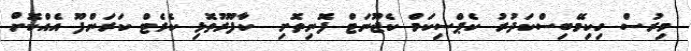
މިރުސް ހިކިމޭބިސްކަދުރު ކެޕްސިކަމް ކެޖޫނަޓް ފޮނިތޮށި  ކާފޫރުތޮޅި ކެރެޓް ކަރަންފޫ އެއްކޮށް